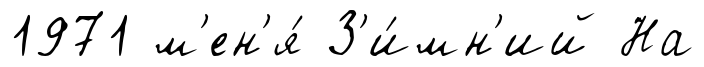
1971 м'ен'я́ З'и́мн'ий На